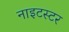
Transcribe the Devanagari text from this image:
नाइटस्टर